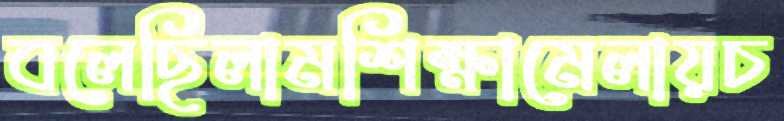
বলেছিলামশিক্ষামেলায়চ